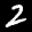
Label: 2